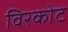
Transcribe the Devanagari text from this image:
विरकोट